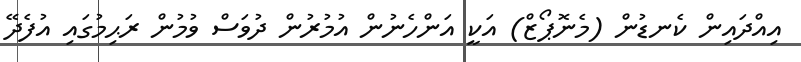
އިއްދައިން ކެނޑުން (މެނޮޕޯޒް) އަކީ އަންހެނުން އުމުރުން ދުވަސް ވުމުން ރަޙިމުގައި އުފެދޭ